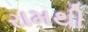
રામથી